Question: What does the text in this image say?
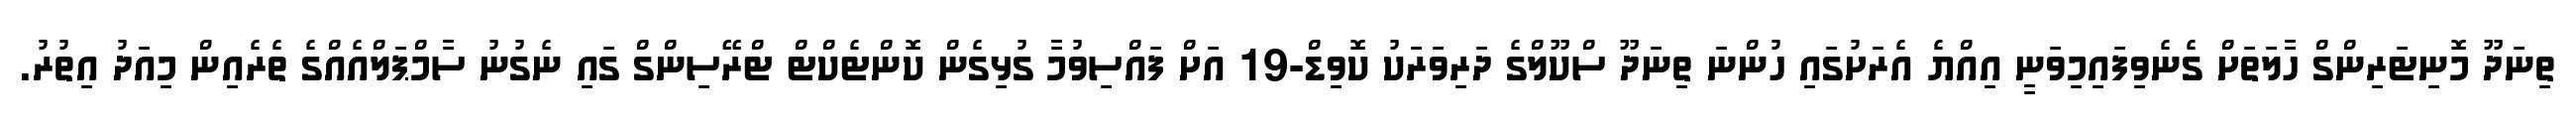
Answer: ތިނަދޫ މޮނިޓަރިންގް ހާލަތަށް ގެނެވިފައިމިވަނީ އިއްޔެ އެރަށުގައި ހުންނަ ތިނަދޫ ސްކޫލްގެ ދަރިވަރަކު ކޮވިޑް-19 އަށް ފައްސިވުމާ ގުޅިގެން ކޮންޓެކްޓް ޓްރޭސިންގް ގައި ނެގުނު ސާމްޕަލްއެއްގެ ތެރެއިން މިއަދު އިތުރު.